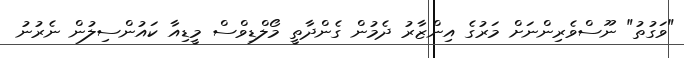
"ވަގުތު" ނޫސްވެރިންނަށް މަރުގެ އިންޒާރު ދެމުން ގެންދާތީ މޯލްޑިވްސް މީޑިއާ ކައުންސިލުން ނެރުނު